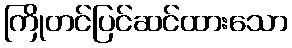
ကြိုတင်ပြင်ဆင်ထားသော